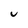
Character: u